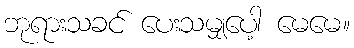
ဘုရားသခင် ပေးသမျှပေါ့ မေမေ။